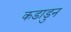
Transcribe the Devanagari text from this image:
कडाडुन